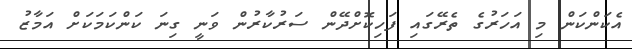
އެކަންކަން މި އަހަރުގެ ތެރޭގައި ފަހިކޮށްދޭން ސަރުކާރުން ވަނީ ގިނަ ކަންކަމަކަށް އަމާޒު